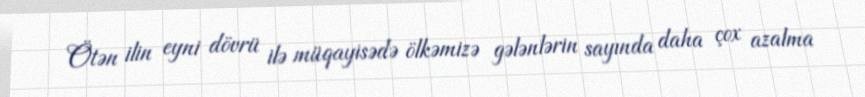
Ötən ilin eyni dövrü ilə müqayisədə ölkəmizə gələnlərin sayında daha çox azalma